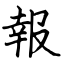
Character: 報